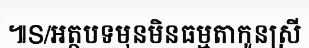
៕S/អត្ថបទមុនមិនធម្មតាកូនស្រី